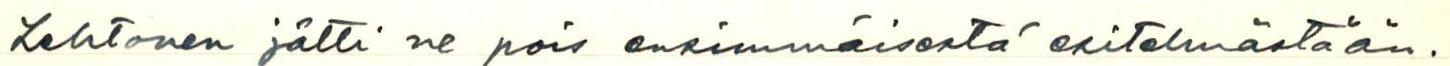
Lehtonen jätti ne pois ensimmäisestä esitelmästään.